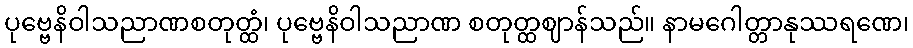
ပုဗ္ဗေနိဝါသညာဏစတုတ္ထံ၊ ပုဗ္ဗေနိဝါသညာဏ စတုတ္ထဈာန်သည်။ နာမဂေါတ္တာနုဿရဏေ၊